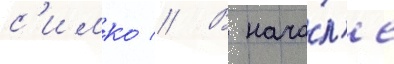
с'имко // В нача́л'е